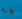
وارد